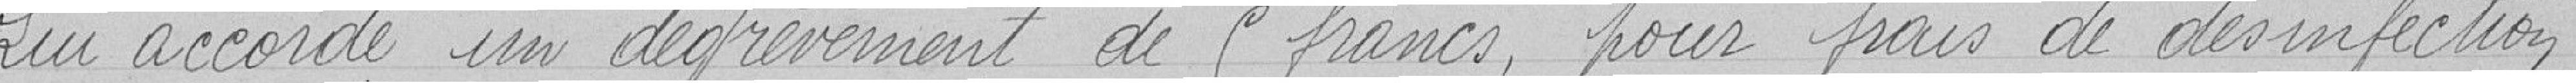
Lui accorde un dégrèvement de 5 francs, pour frais de désinfection.